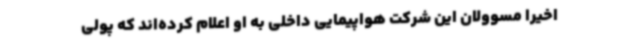
اخیرا مسوولان این شرکت هواپیمایی داخلی به او اعلام کرده‌اند که پولی